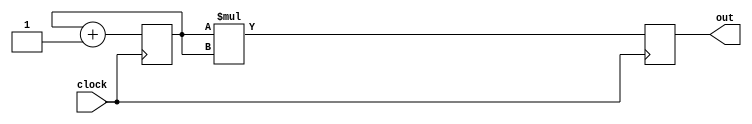
// This program was cloned from: https://github.com/sylefeb/Silixel
// License: BSD 3-Clause "New" or "Revised" License

module multest(clock, out);

input clock;
output reg [7:0] out = 0;
reg [7:0] a = 0;
// reg [7:0] b = 0;

always @(posedge clock)
begin
	out <= a * a;
  a   <= a + 1;
//  b   <= b + 1;
end

endmodule